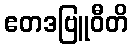
ဧတဒဗြူဝီတိ